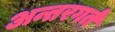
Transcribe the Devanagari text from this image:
अन्तरगर्त